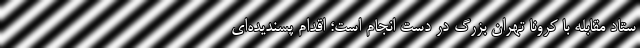
ستاد مقابله با کرونا تهران بزرگ در دست انجام است؛ اقدام پسندیده‌‌ای